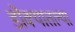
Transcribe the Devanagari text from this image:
डोक्यातल्या